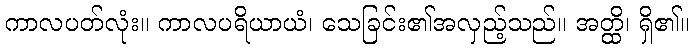
ကာလပတ်လုံး။ ကာလပရိယာယံ၊ သေခြင်း၏အလှည့်သည်။ အတ္ထိ၊ ရှိ၏။